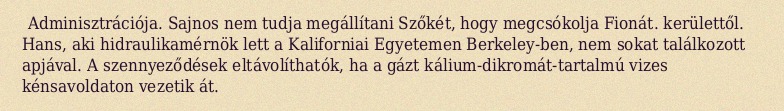
Adminisztrációja. Sajnos nem tudja megállítani Szőkét, hogy megcsókolja Fionát. kerülettől. Hans, aki hidraulikamérnök lett a Kaliforniai Egyetemen Berkeley-ben, nem sokat találkozott apjával. A szennyeződések eltávolíthatók, ha a gázt kálium-dikromát-tartalmú vizes kénsavoldaton vezetik át.